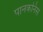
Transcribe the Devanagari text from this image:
पानकनिस